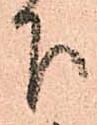
下